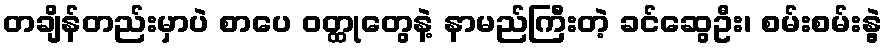
တချိန်တည်းမှာပဲ စာပေ ဝတ္ထုတွေနဲ့ နာမည်ကြီးတဲ့ ခင်ဆွေဦး၊ စမ်းစမ်းနွဲ့